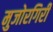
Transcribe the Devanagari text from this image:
मुजोरगिरी